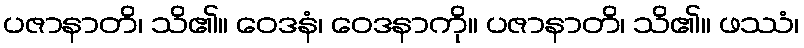
ပဇာနာတိ၊ သိ၏။ ဝေဒနံ၊ ဝေဒနာကို။ ပဇာနာတိ၊ သိ၏။ ဖဿံ၊